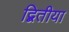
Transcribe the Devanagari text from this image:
द्बितीया